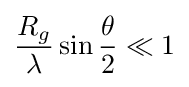
{\frac {R_{g}}{\lambda }}\sin {\frac {\theta }{2}}\ll 1